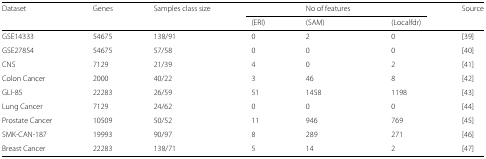
<table><thead><tr><td><b>Dataset</b></td><td><b>Genes</b></td><td><b>Samples class size</b></td><td></td><td><b>No of features</b></td><td></td><td><b>Source</b></td></tr><tr><td></td><td></td><td></td><td><b>(ERI)</b></td><td><b>(SAM)</b></td><td><b>(Localfdr)</b></td><td></td></tr></thead><tbody><tr><td>GSE14333</td><td>54675</td><td>138/91</td><td>0</td><td>2</td><td>0</td><td>[39]</td></tr><tr><td>GSE27854</td><td>54675</td><td>57/58</td><td>0</td><td>0</td><td>0</td><td>[40]</td></tr><tr><td>CNS</td><td>7129</td><td>21/39</td><td>4</td><td>0</td><td>2</td><td>[41]</td></tr><tr><td>Colon Cancer</td><td>2000</td><td>40/22</td><td>3</td><td>46</td><td>8</td><td>[42]</td></tr><tr><td>GLI-85</td><td>22283</td><td>26/59</td><td>51</td><td>1458</td><td>1198</td><td>[43]</td></tr><tr><td>Lung Cancer</td><td>7129</td><td>24/62</td><td>0</td><td>0</td><td>0</td><td>[44]</td></tr><tr><td>Prostate Cancer</td><td>10509</td><td>50/52</td><td>11</td><td>946</td><td>769</td><td>[45]</td></tr><tr><td>SMK-CAN-187</td><td>19993</td><td>90/97</td><td>8</td><td>289</td><td>271</td><td>[46]</td></tr><tr><td>Breast Cancer</td><td>22283</td><td>138/71</td><td>5</td><td>14</td><td>2</td><td>[47]</td></tr></tbody></table>